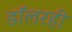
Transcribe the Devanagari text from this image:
डॉलरही